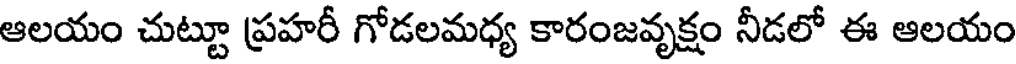
ఆలయం చుట్టూ ప్రహరీ గోడలమధ్య కారంజవృక్షం నీడలో ఈ ఆలయం